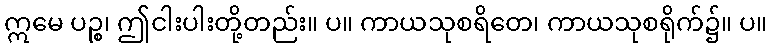
ဣမေ ပဉ္စ၊ ဤငါးပါးတို့တည်း။ ပ။ ကာယသုစရိတေ၊ ကာယသုစရိုက်၌။ ပ။